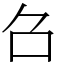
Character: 𠮥